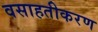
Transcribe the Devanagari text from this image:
वसाहतीकरण